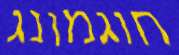
חוגמונג